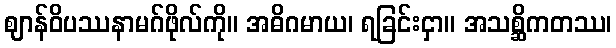
ဈာန်ဝိပဿနာမဂ်ဖိုလ်ကို။ အဓိဂမာယ၊ ရခြင်းငှာ။ အသစ္ဆိကတဿ၊